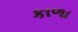
કાળા